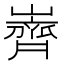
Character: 𮱲